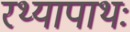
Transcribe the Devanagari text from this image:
रथ्यापाथः